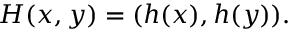
H ( x , y ) = ( h ( x ) , h ( y ) ) .